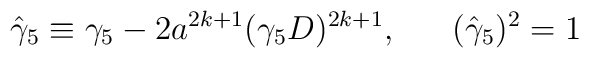
\hat{\gamma}_{5}\equiv\gamma_{5}-2a^{2k+1}(\gamma_{5}D)^{2k+1},\ \ \ \ \  (\hat{\gamma}_{5})^{2}=1